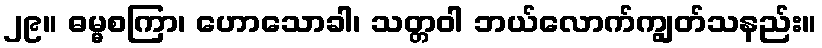
၂၉။ ဓမ္မစကြာ၊ ဟောသောခါ၊ သတ္တဝါ ဘယ်လောက်ကျွတ်သနည်း။